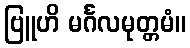
ဗြူဟိ မင်္ဂလမုတ္တမံ။